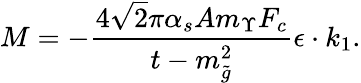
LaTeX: M=-\frac{4\sqrt 2\pi\alpha_{s}Am_{\Upsilon}F_{c}}{t-m_{\tilde{g}}^{2}}\epsilon\cdot k_{1}.